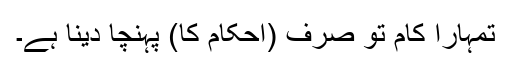
تمہارا کام تو صرف (احکام کا) پہنچا دینا ہے۔